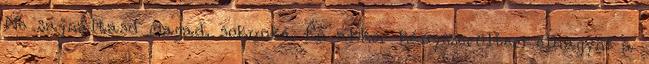
Ne sajnáltasd magad, sokunké. Én akkor kényszerültem elhagyni a